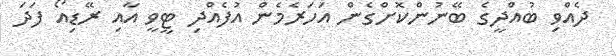
ދެއްވި ބުއްދީގެ ބޭނުންކޮށްގެން އަހަރެމެން އުފެއްދި ޓީވީ އާއި ރޭޑިއޯ ފަދަ